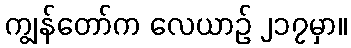
ကျွန်တော်က လေယာဉ် ၂၁၇မှာ။